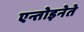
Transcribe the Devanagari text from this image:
एन्तोइनेते